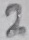
Text: 2